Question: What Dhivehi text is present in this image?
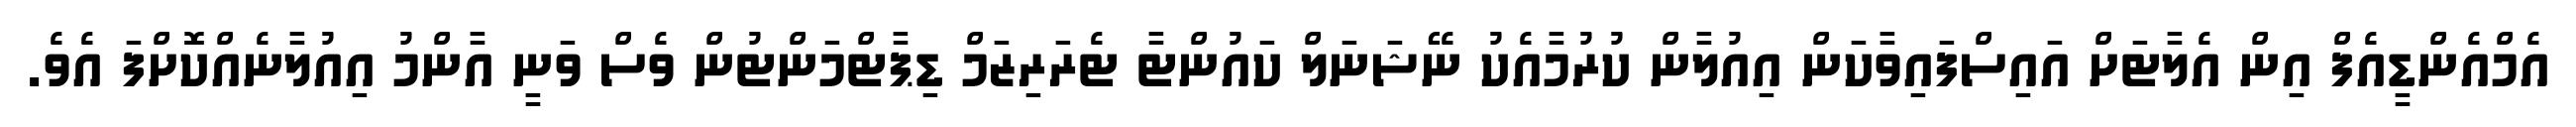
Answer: އެމްއެންޑީއެފް އިން އެލާޓަށް އައިސްފައިވާކަން އިއުލާން ކުރުމާއެކު ނޭޝަނަލް ކައުންޓާ ޓެރަރިޒަމް ޑިޕާޓްމަންޓުން ވެސް ވަނީ އާންމު އިއުލާނެއްކޮށްފަ އެވެ.